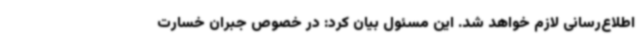
اطلاع‌رسانی لازم خواهد شد. این مسئول بیان کرد: در خصوص جبران خسارت